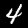
Digit: 4